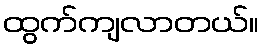
ထွက်ကျလာတယ်။